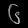
Digit: ၆